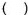
()